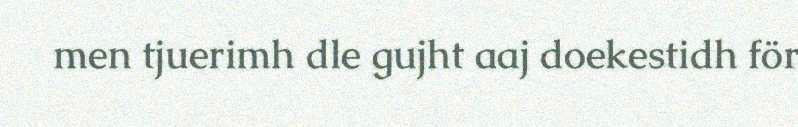
men tjuerimh dle gujht aaj doekestidh för